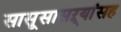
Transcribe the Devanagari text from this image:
सासूसासऱ्यांसह